Report on the bubonic plague in Bombay, 1896-1897
Year: 1896
Disease focus: Plague
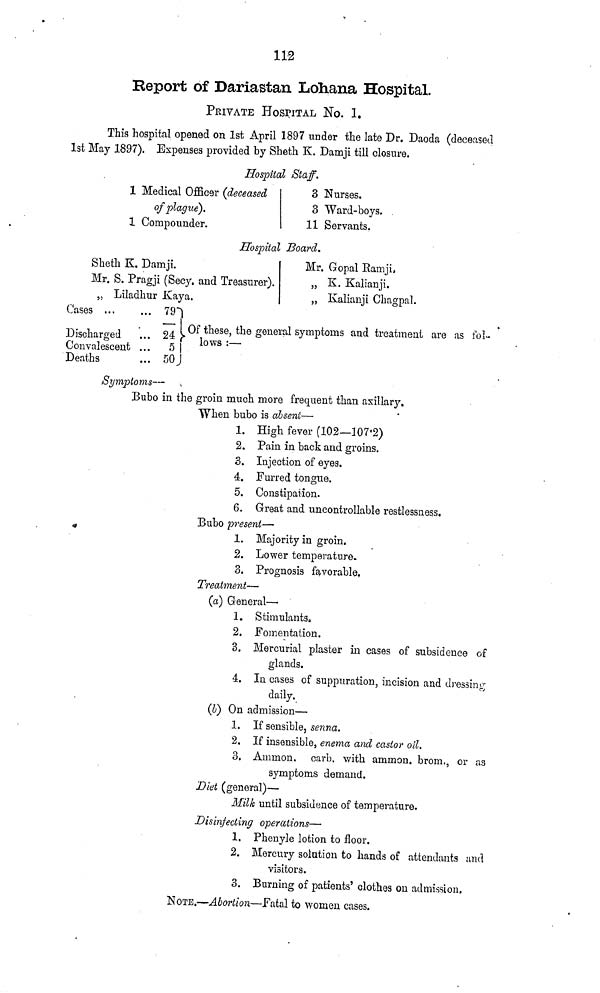
112
Report of Dariastan Lohana Hospital.
PRIVATE HOSPITAL No. 1.
This hospital opened on 1st April 1897 under the late Dr. Daoda (deceased
1st May 1897). Expenses provided by Sheth K. Damji till closure.
Hospital Staff.
1 Medical Officer (deceased
of plague).
1 Compounder.
3 Nurses.
3 Ward-boys.
11 Servants.
Hospital Board.
Sheth K. Damji.
Mr. S. Pragji (Secy. and Treasurer)
,, Liladhur Kaya.
Mr. Gopal Ramji.
„ K. Kalianji.
„ Kalianji Chagpal.
Cases . . .
Discharged
Convalescent
Deaths
... 79
... 24
...
5
... 50
Symptoms —
Of these, the general symptoms and treatment are as fol
Bubo in the groin much more frequent than axillary.
When bubo is absent—
1. High fever (102—107.2)
2. Pain in back and groins.
3. Injection of eyes.
4. Furred tongue.
5. Constipation.
6. Great and uncontrollable restlessness.
Bubo present—
1. Majority in groin.
2. Lower temperature.
3. Prognosis favorable.
Treatment—
(a) General—
1. Stimulants.
2. Fomentation.
3. Mercurial plaster in cases of subsidence of
glands.
4. In cases of suppuration, incision and dressing
daily.
(b) On admission—
1. If sensible, senna.
2. If insensible, enema and castor oil.
3. Ammon. carb. with ammon. brom., or as
symptoms demand.
Diet (general)—
Milk until subsidence of temperature.
Disinfecting operations—
1. Phenyle lotion to floor.
2. Mercury solution to hands of attendants and
visitors.
3. Burning of patients' clothes on admission.
NOTE.—Abortion—Fatal to women cases.